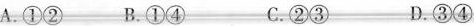
A.①②B.①④ C.②③ D.③④